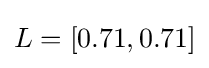
L=[0.71,0.71]